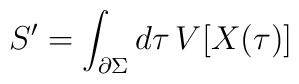
S' = \int_{\partial \Sigma} d\tau \, V[X(\tau )]